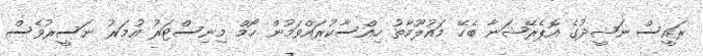
ރައީސް ނަޝީދުގެ އޮޕެރޭޝަނާ ބެހޭ މައުލޫމާތު ހިއްސާކުރައްވަމުން ހޯމް މިނިސްޓަރު އުމަރު ނަސީރުވެސް